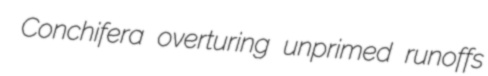
Conchifera overturing unprimed runoffs